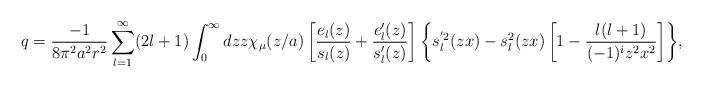
LaTeX: \begin{align*}q=\frac{-1}{8\pi ^2a^2r^2}\sum_{l=1}^{\infty}(2l+1)\int_{0}^{\infty}{dzz\chi _\mu (z/a) \left[ \frac{e_l(z)}{s_l(z)}+\frac{e'_l(z)}{s'_l(z)}\right] \left\{ s_l^{'2}(zx)-s_l^{2}(zx)\left[ 1-\frac{l(l+1)}{(-1)^iz^2x^2}\right] \right\} },\end{align*}